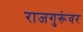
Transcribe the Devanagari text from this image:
राजगुरूंवर